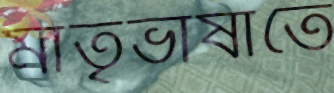
মাতৃভাষাতে